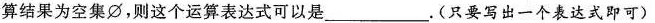
算结果为空集 \varnothing，则这个运算表达式可以是___。(只要写出一个表达式即可)